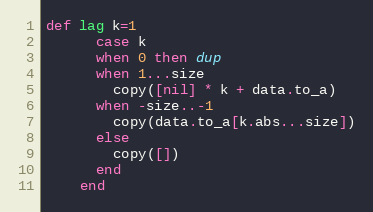
Language: Ruby
def lag k=1
      case k
      when 0 then dup
      when 1...size
        copy([nil] * k + data.to_a)
      when -size..-1
        copy(data.to_a[k.abs...size])
      else
        copy([])
      end
    end